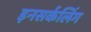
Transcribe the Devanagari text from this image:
इनसर्कलिंग